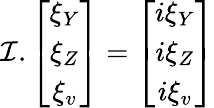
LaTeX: \mathcal{I}.\left[\begin{array}{c}{{\xi_{Y}}}\\ {{\xi_{Z}}}\\ {{\xi_{v}}}\end{array}\right]=\left[\begin{array}{c}{{i\xi_{Y}}}\\ {{i\xi_{Z}}}\\ {{i\xi_{v}}}\end{array}\right]